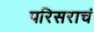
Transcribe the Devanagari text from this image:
परिसराचं